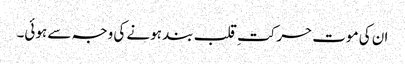
ان کی موت حرکتِ قلب بند ہونے کی وجہ سے ہوئی۔